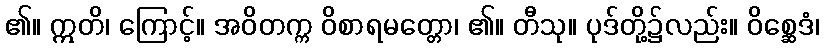
၏။ ဣတိ၊ ကြောင့်။ အဝိတက္က ဝိစာရမတ္တော၊ ၏။ တီသု။ ပုဒ်တို့၌လည်း။ ဝိစ္ဆေဒံ၊